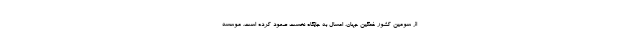
از سومین کشور غمگین جهان، امسال به جایگاه نخست صعود کرده است. موسسه